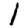
Digit: 1